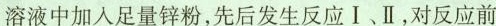
溶液中加入足量锌粉，先后发生反应Ⅰ、Ⅱ，对反应前